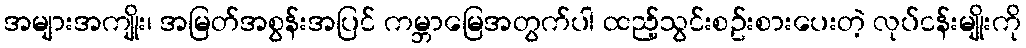
အများအကျိုး၊ အမြတ်အစွန်းအပြင် ကမ္ဘာမြေအတွက်ပါ ထည့်သွင်းစဥ်းစားပေးတဲ့ လုပ်ငန်းမျိုးကို